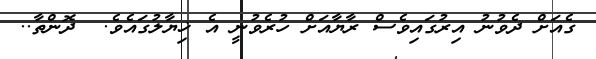
ގެއަށް ދެވުނު އިރުގައިވެސް ރާޔާއަށް ހުރެވުނީ އެ ޚިޔާލުގައެވެ.  ދޮންތާ..